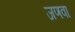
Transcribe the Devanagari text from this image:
जणवा